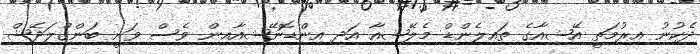
ދެކުނު އިރުމަތީ އޭޝިއާގެ ތައިލެންޑް މެލޭޝިއާ އަދި އިންޑޮނޭޝިއާއިން ވެސް ވަނީ ބަންގްލަދޭޝް